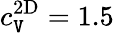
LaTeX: c_{\mathtt{V}}^{\mathrm{{2D}}}=1.5